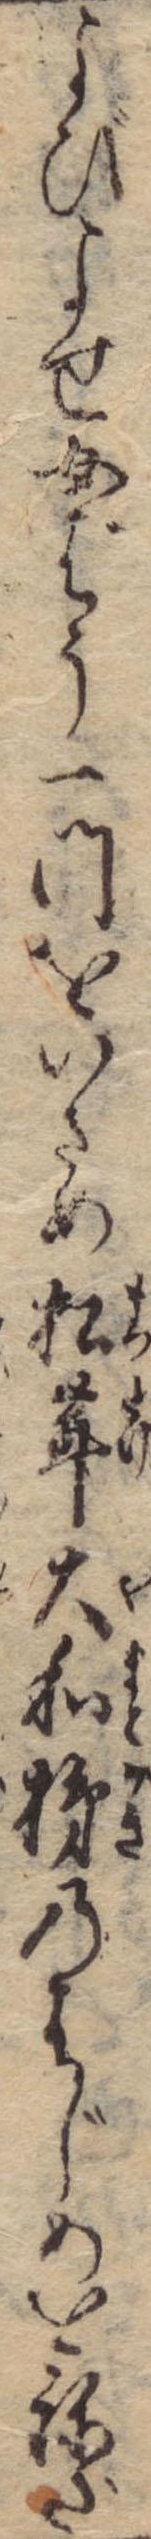
よびよせ女ばう一門をいさめ松茸大和のはじめをねだ